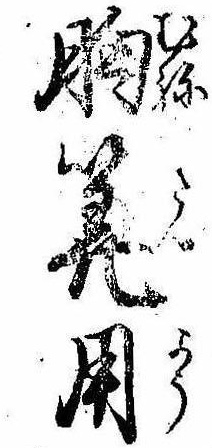
胸算用